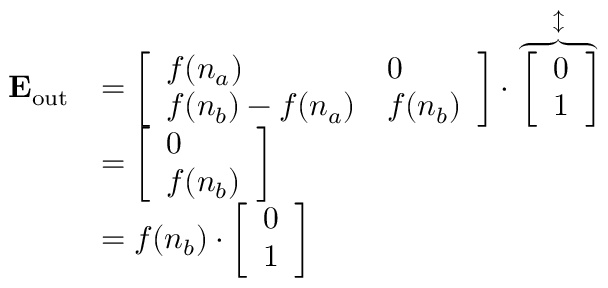
\begin{array} { r l } { \mathbf { E _ { \mathrm { { o u t } } } } } & { = \left[ \begin{array} { l l } { { { f ( n _ { a } ) } } } & { 0 } \\ { { f ( n _ { b } ) } - { f ( n _ { a } ) } } & { { f ( n _ { b } ) } } \end{array} \right] \cdot \overbrace { \left[ \begin{array} { l } { 0 } \\ { 1 } \end{array} \right] } ^ { \updownarrow } } \\ & { = \left[ \begin{array} { l } { { 0 } } \\ { { f ( n _ { b } ) } } \end{array} \right] } \\ & { = { f ( n _ { b } ) } \cdot \left[ \begin{array} { l } { 0 } \\ { 1 } \end{array} \right] } \end{array}